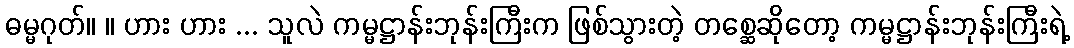
ဓမ္မဂုတ်။ ။ ဟား ဟား ... သူလဲ ကမ္မဋ္ဌာန်းဘုန်းကြီးက ဖြစ်သွားတဲ့ တစ္ဆေဆိုတော့ ကမ္မဋ္ဌာန်းဘုန်းကြီးရဲ့